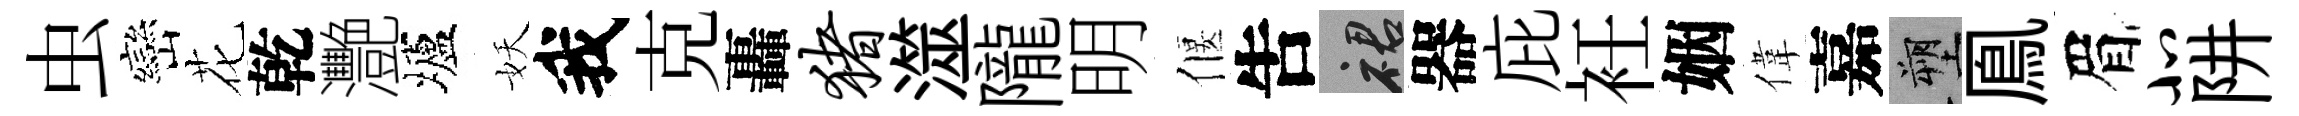
虫巒花乾灧壚妖我克轟猪澨隴明偃吿裙器庇衽姻偉嘉塑鳯眉北阱